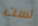
لست